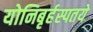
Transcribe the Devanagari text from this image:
योनिबृर्हस्पतये